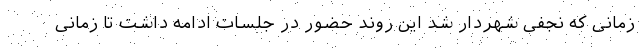
زمانی که نجفی شهردار شد این روند حضور در جلسات ادامه داشت تا زمانی